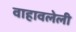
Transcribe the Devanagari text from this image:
वाहावलेली